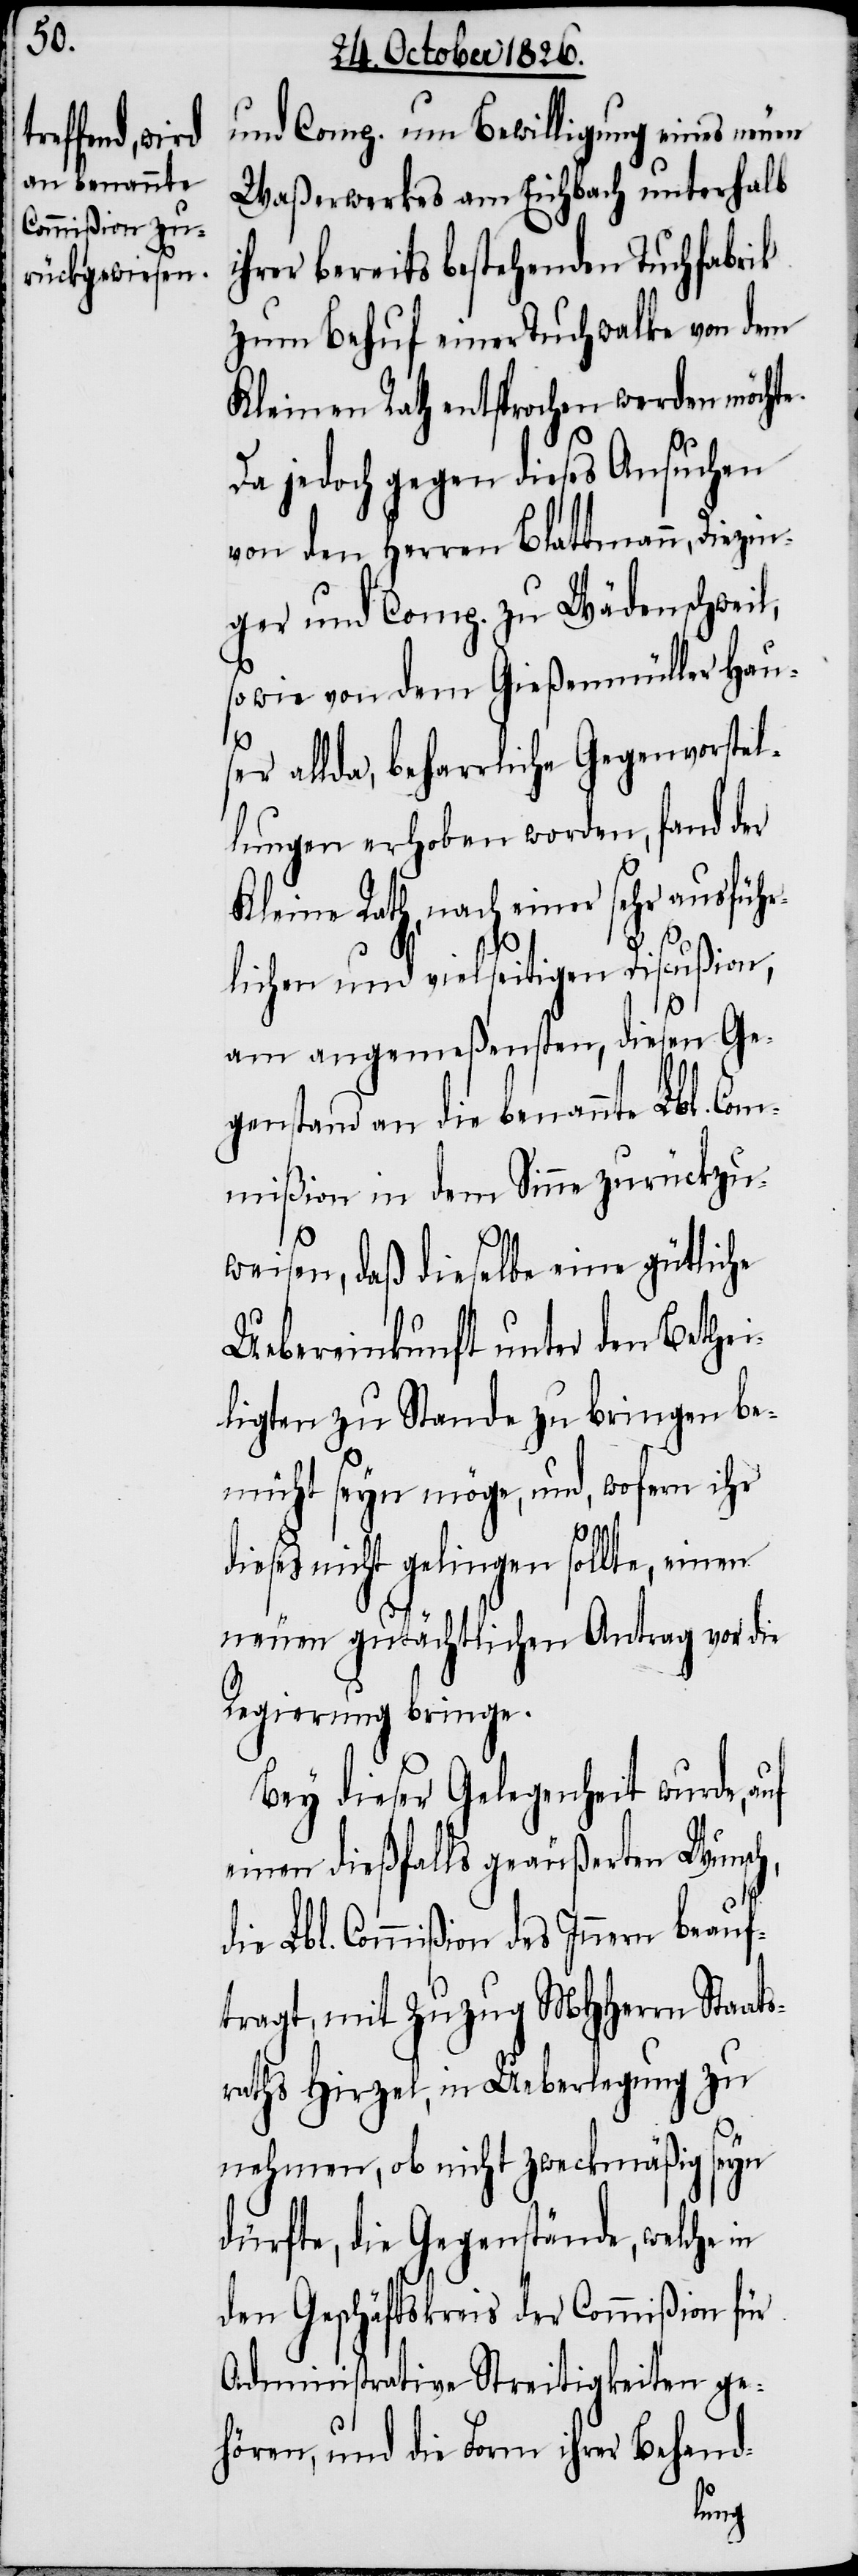
und Comp. um Bewilligung eines neuen
Waßerwerkes am Eichbach unterhalb
ihrer bereits bestehenden Tuchfabrik
zum Behuf einer Tuchwalke von dem
Kleinen Rath entsprochen werden möcht¬
Da jedoch gegen dieses Ansuchen
von den Herren Blattmann, Diezin¬
ger und Comp. zu Wädenschweil,
sowie von dem Gießenmüller Hau¬
ser allda, beharrliche Gegenvorstel¬
lungen erhoben worden, fand der
Kleine Rath, nach einer sehr ausführ¬
lichen und vielseitigen Discußion,
e.
am angemeßensten, diesen Ge¬
genstand an die benannte Lbl. Com¬
mißion in dem Sinne zurückzu¬
weisen, daß dieselbe eine gütliche
Uebereinkunft unter den Bethei¬
ligten zu Stande zu bringen be¬
müht seyn möge, und, wofern ihr
dieses nicht gelingen sollte, einen
neuen gutächtlichen Antrag vor die
Regierung bringe.
Bey dieser Gelegenheit wurde,
einen dießfalls geäußerten Wunsch,
die Lbl. Commißion des Innern beauf¬
tragt, mit Zuzug MHHerrn Staats¬
raths Hirzel, in Ueberlegung zu
nehmen, ob nicht zweckmäßig seyn
dürfte, die Gegenstände, welche in
den Geschäftskreis der Commißion für
Administrative Streitigkeiten ge¬
hören, und die Form ihrer Behand-